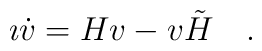
\imath \dot{v} = H v - v \tilde{H} ~~~  .